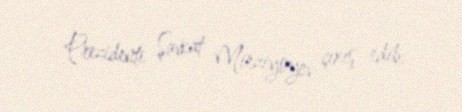
Prezidenti Şavkat Mirziyoyev çıxış edib.